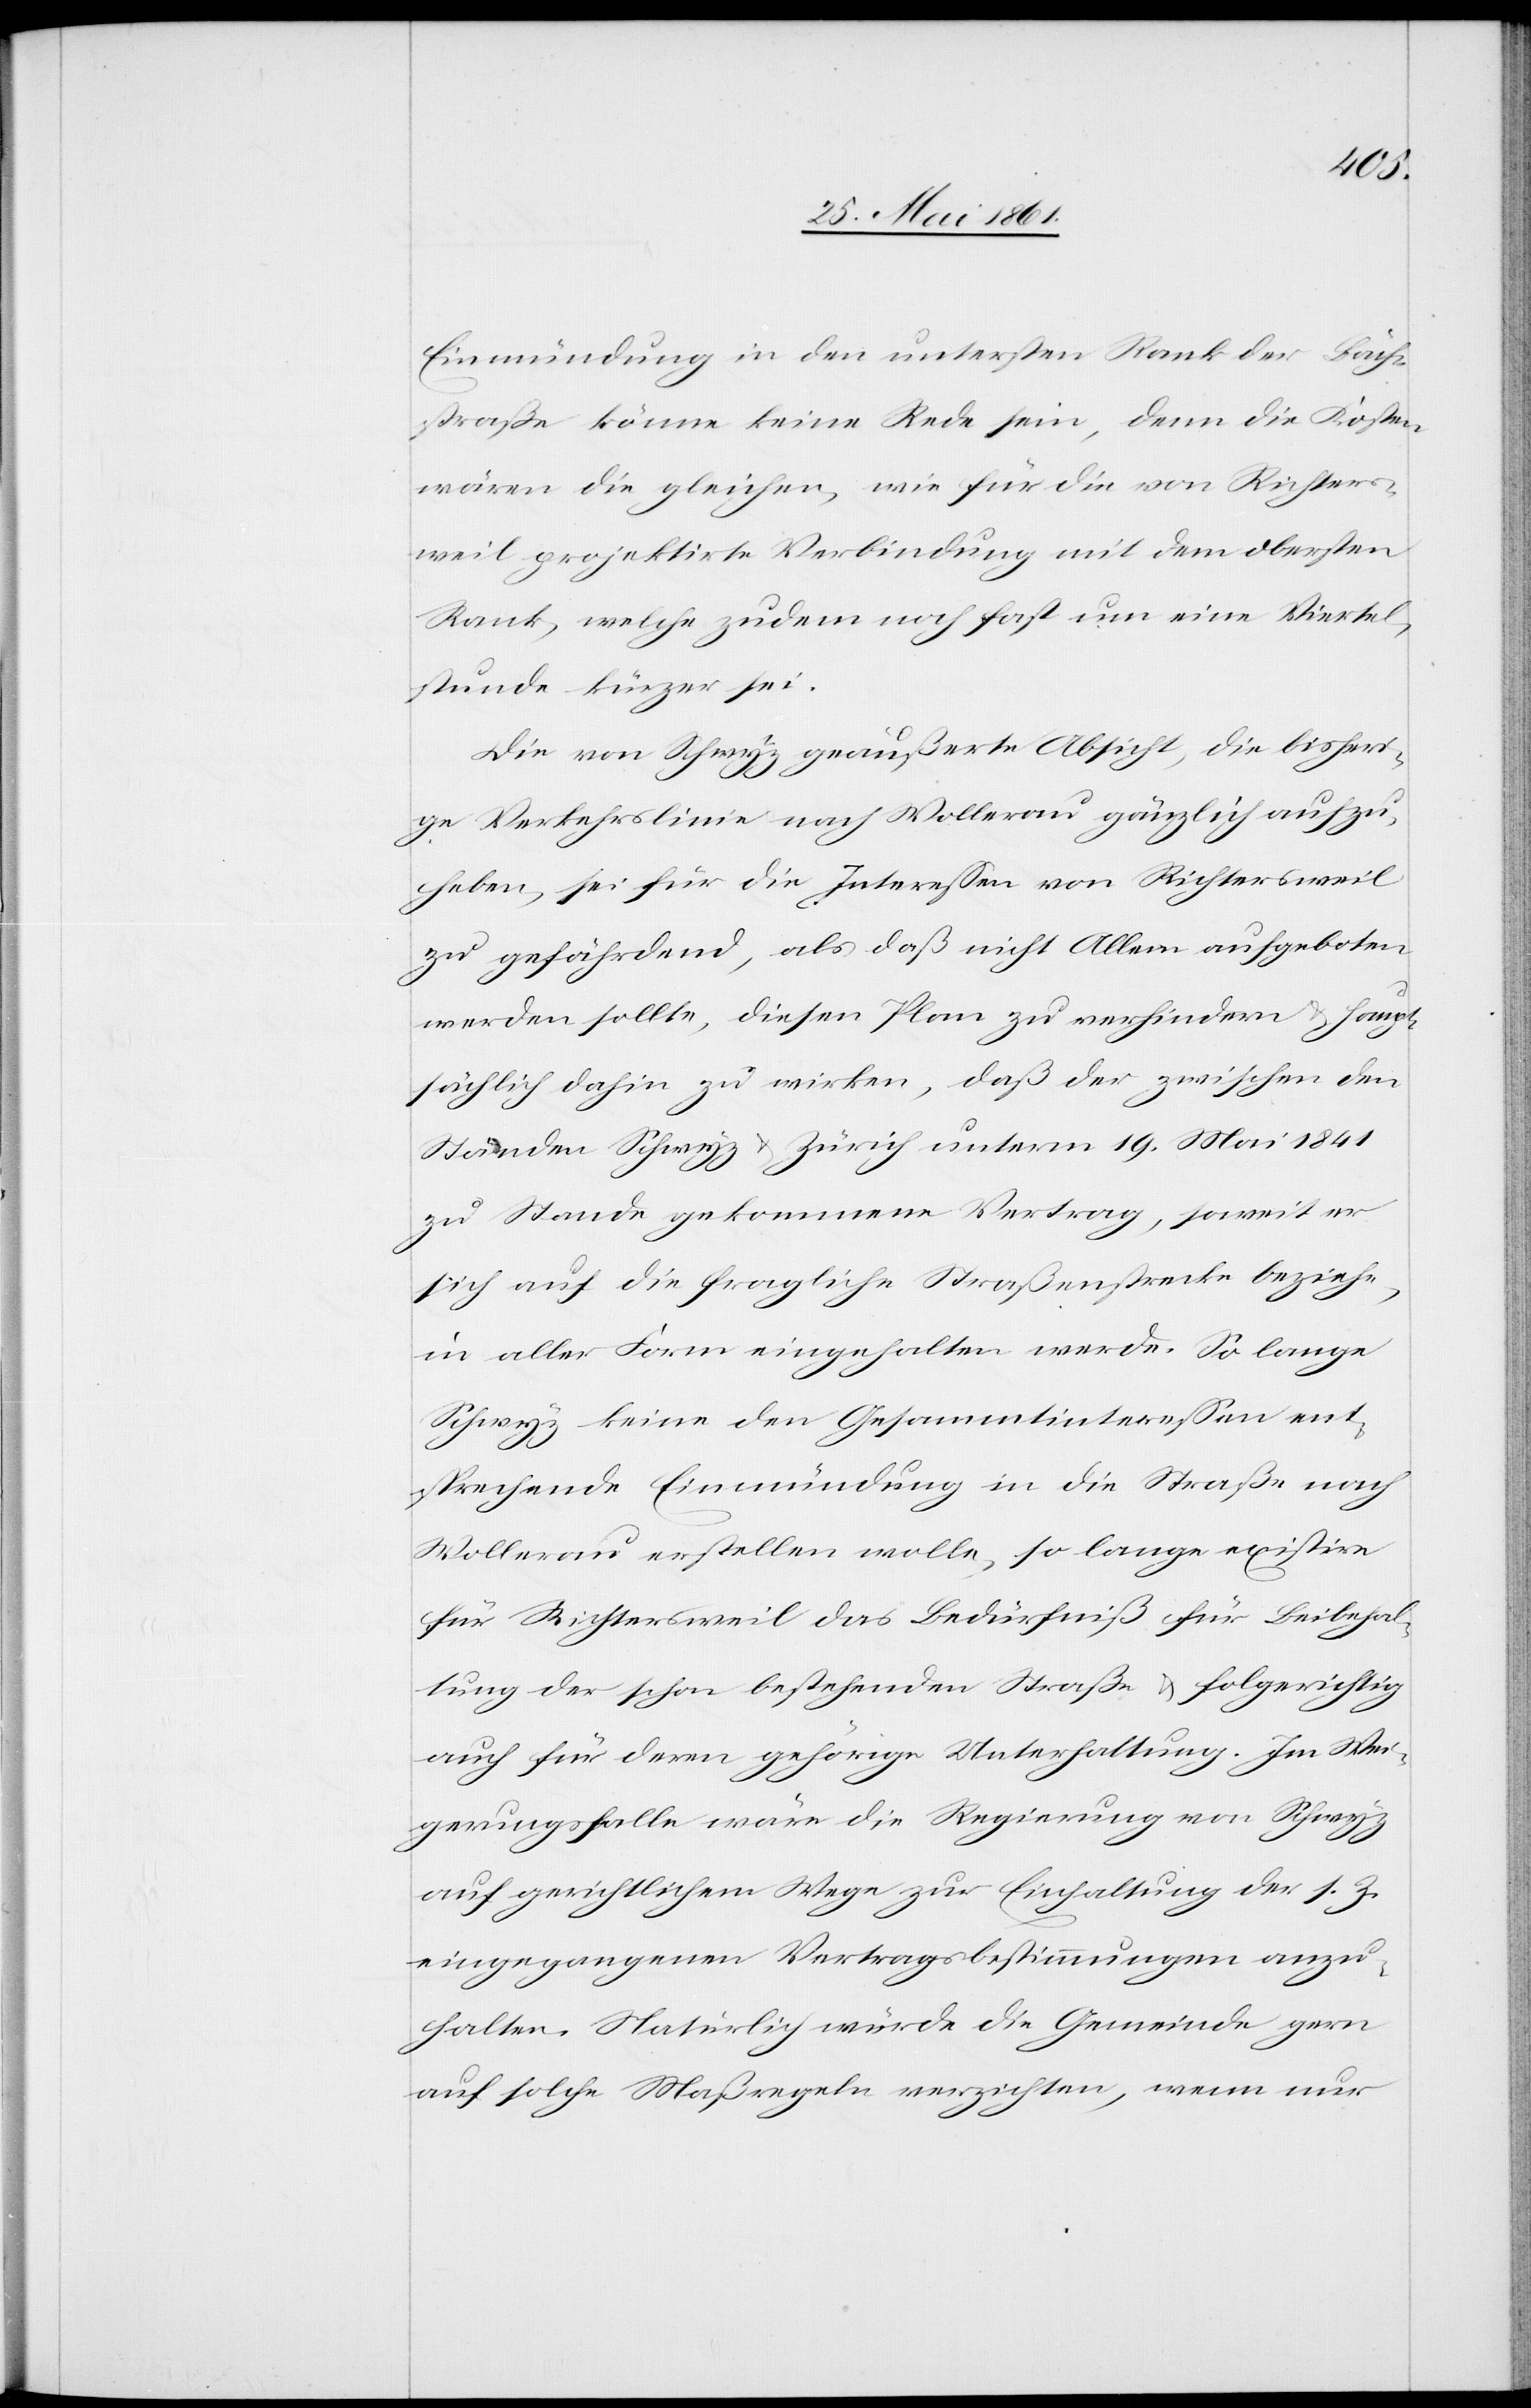
Einmündung in den untersten Rank der Bäch¬
straße könne keine Rede sein, denn die Kosten
wären die gleichen, wie für die von Richters¬
weil projektirte Verbindung mit dem obersten
Rank, welche zudem noch fast um eine Viertel¬
stunde kürzer sei.
Die von Schwyz geäußerte Absicht, die bisheri¬
ge Verkehrslinie nach Wollerau gänzlich aufzu¬
heben, sei für die Interessen von Richtersweil
zu gefährdend, als daß nicht Allem aufgeboten
werden sollte, diesen Plan zu verhindern u. haupt¬
sächlich dahin zu wirken, daß der zwischen den
Ständen Schwyz u. Zürich unterm 19. Mai 1841
zu Stande gekommene Vertrag, soweit er
sich auf die fragliche Straßenstrecke beziehe,
in aller Form eingehalten werde. So lange
Schwyz keine den Gesammtinteressen ent¬
sprechende Einmündung in die Straße nach
Wollerau erstellen wolle, so lange existire
für Richtersweil das Bedürfniß für Beibehal¬
tung der schon bestehenden Straße u. folgerichtig
auch für deren gehörige Unterhaltung. Im Wei¬
gerungsfalle wäre die Regierung von Schwyz
auf gerichtlichem Wege zur Einhaltung der s. Z.
eingegangenen Vertragsbestimmungen anzu¬
halten. Natürlich würde die Gemeinde gern
auf solche Maßregeln verzichten, wenn nur